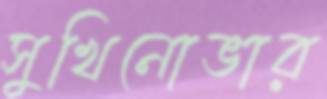
সুখিনোভার